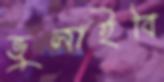
ভুলাইবি